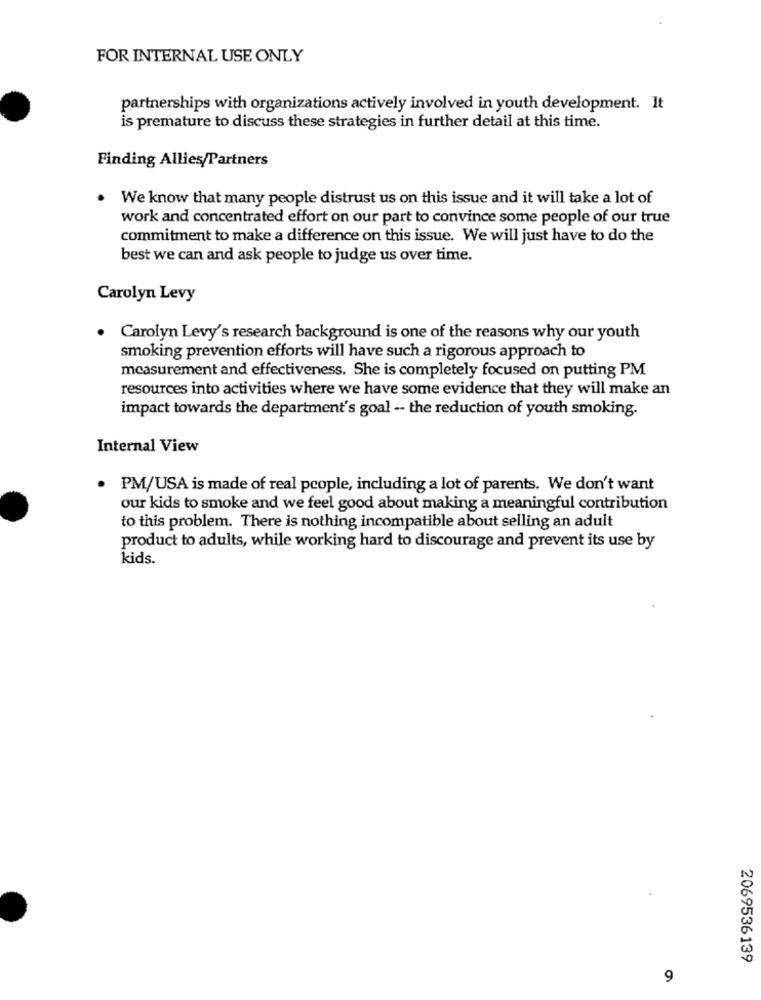
FOR INTERNAL USE ONLY
partnerships with organizations actively involved in youth development. It
is premature to discuss these strategies in further detail at this time.
Finding Allies/Partners
. We know that many people distrust us on this issue and it will take a lot of
work and concentrated effort on our part to convince some people of our true
commitment to make a difference on this issue. We will just have to do the
best we can and ask people to judge us over time.
Carolyn Levy
Carolyn Levy's research background is one of the reasons why our youth
smoking prevention efforts will have such a rigorous approach to
measurement and effectiveness. She is completely focused on putting PM
resources into activities where we have some evidence that they will make an
impact towards the department's goal -- the reduction of youth smoking.
Internal View
.
PM/USA is made of real people, including a lot of parents. We don't want
our kids to smoke and we feel good about making a meaningful contribution
to this problem. There is nothing incompatible about selling an adult
product to adults, while working hard to discourage and prevent its use by
kids.
2069536139
9